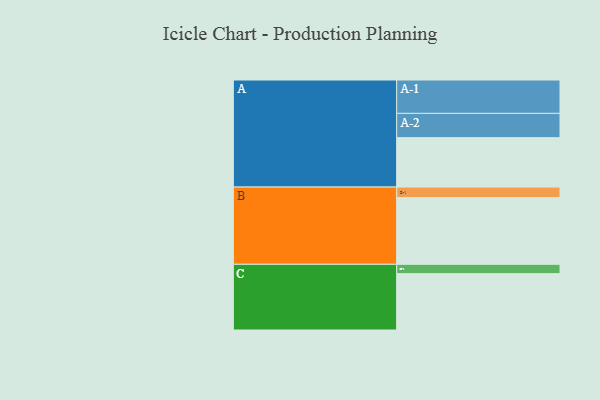
{"axis": {"x": "Segment", "y": "Value"}, "legend": ["", "A", "B", "C"], "data": [{"x": "A", "y": 419, "type": ""}, {"x": "B", "y": 566, "type": ""}, {"x": "C", "y": 478, "type": ""}, {"x": "A-1", "y": 283, "type": "A"}, {"x": "A-2", "y": 206, "type": "A"}, {"x": "B-1", "y": 89, "type": "B"}, {"x": "C-1", "y": 79, "type": "C"}]}